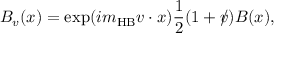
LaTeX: B _ { v } ( x ) = \exp ( i m _ { \mathrm { H B } } v \cdot { x } ) \frac { 1 } { 2 } ( 1 + v \! \! \! / ) B ( x ) ,